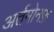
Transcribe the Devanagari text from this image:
अर्तमोनफ़